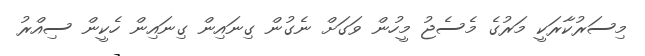
މިސަރުކާރަކީ މަރުގެ މެސެޖު މީހުން ވަގަށް ނެގުން ގިނައިން ގިނައިން ހެކީން ސިއްރު